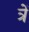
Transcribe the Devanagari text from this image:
त्रें